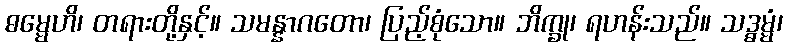
ဓမ္မေဟိ၊ တရားတို့နှင့်။ သမန္နာဂတော၊ ပြည့်စုံသော။ ဘိက္ခု၊ ရဟန်းသည်။ သဒ္ဓမ္မံ၊